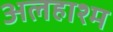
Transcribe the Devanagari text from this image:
अलहाश्म